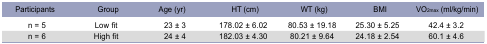
| Participants | Group | Age (yr) | HT (cm) | WT (kg) | BMI | VO2max (ml/kg/min) |
 | --- | --- | --- | --- | --- | --- | --- |
 | n = 5 | Low fit | 23 ± 3 | 178.02 ± 6.02 | 80.53 ± 19.18 | 25.30 ± 5.25 | 42.4 ± 3.2 |
 | n = 6 | High fit | 24 ± 4 | 182.03 ± 4.30 | 80.21 ± 9.64 | 24.18 ± 2.54 | 60.1 ± 4.6 |